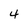
Character: 4